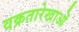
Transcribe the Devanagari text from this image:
वक्रतारेखाओं